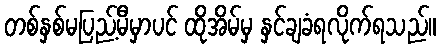
တစ်နှစ်မပြည့်မီမှာပင် ထိုအိမ်မှ နှင်ချခံရလိုက်ရသည်။